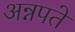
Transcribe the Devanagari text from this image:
अन्नपते